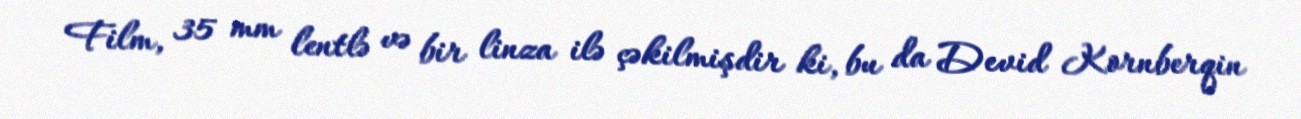
Film, 35 mm lentlə və bir linza ilə çəkilmişdir ki, bu da Devid Kornberqin